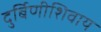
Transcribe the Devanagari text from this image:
दुर्बिणीशिवाय